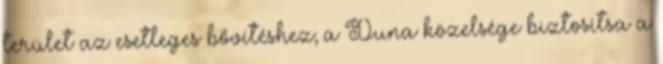
terület az esetleges bővítéshez; a Duna közelsége biztosítsa a